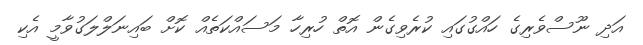
އަދި ނޫސްވެރިގެ ހައްގުގައި ކުރެވިގެން އޮތް ހުރިހާ މަސައްކަތެއް ކޮށް ބައިނަލްލަގުވާމީ އެކި